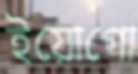
ইয়োগো